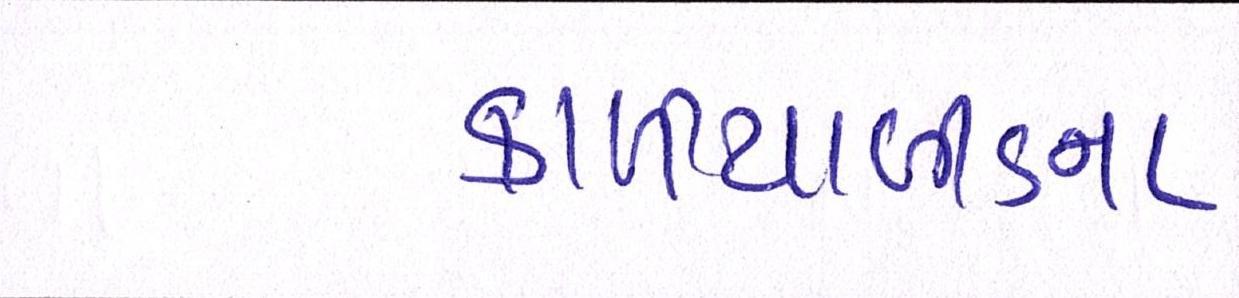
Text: કાળીયાબીડના